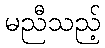
မညီသည့်